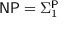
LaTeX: { \mathsf { N P } } = \Sigma _ { 1 } ^ { \mathsf { P } }